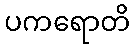
ပကရောတိ